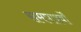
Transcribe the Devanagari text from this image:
समपार्श्वों